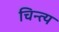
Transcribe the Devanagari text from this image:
चिन्त्य